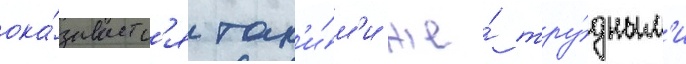
ока́зываетс'я так'и́м'и же́ тру́дным'и